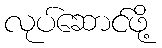
လုပ်ဆောင်ဖို့